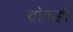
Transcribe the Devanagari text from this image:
टोकही